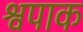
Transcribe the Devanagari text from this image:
श्वपाक